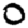
Digit: 0